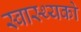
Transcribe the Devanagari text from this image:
स्वास्थ्यको